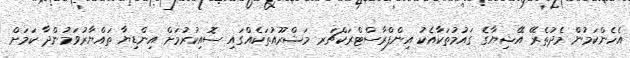
އެހެންކަމުން މެދުތެރޭ އޭޝިޔާގެ ގައުމުތަކާއެކު އިންފްރާސްޓްރަކްޗަރ މަޝްރޫއުތަކެއްގައި ސޮއިކުރުމަށް އިންޑިޔާ ތައްޔާރުވަމުންދާ ކަމަށް